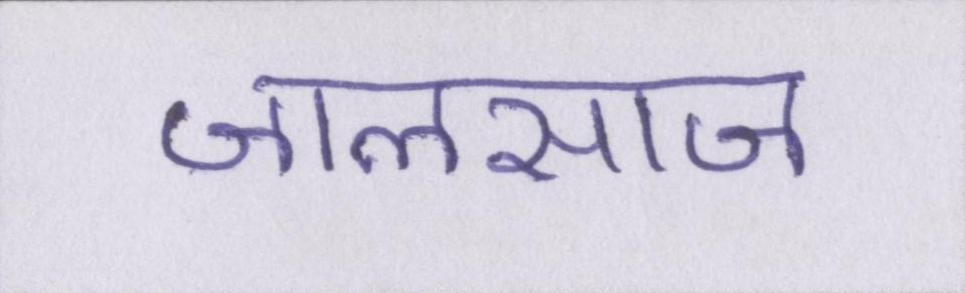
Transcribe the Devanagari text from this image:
जालसाज